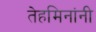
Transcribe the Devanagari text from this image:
तेहमिनांनी